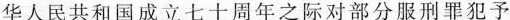
华人民共和国成立七十周年之际对部分服刑罪犯予